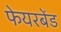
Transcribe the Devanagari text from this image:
फेयरबेंड